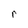
Character: r